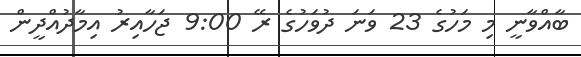
ބާއްވާނީ މި މަހުގެ 23 ވަނަ ދުވަހުގެ ރޭ 9:00 ޖަހާއިރު އިމާދުއްދީން